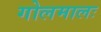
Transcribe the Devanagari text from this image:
गोलमालः